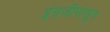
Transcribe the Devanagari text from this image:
इंग्रजीपासून